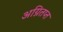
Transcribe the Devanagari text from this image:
अग्नितप्त